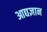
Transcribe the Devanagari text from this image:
आद्यज्ञान